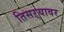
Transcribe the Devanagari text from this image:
तिसऱ्यावर